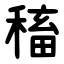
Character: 稸